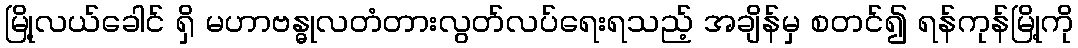
မြို့လယ်ခေါင် ရှိ မဟာဗန္ဓုလတံတားလွတ်လပ်ရေးရသည့် အချိန်မှ စတင်၍ ရန်ကုန်မြို့ကို